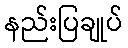
နည်းပြချုပ်